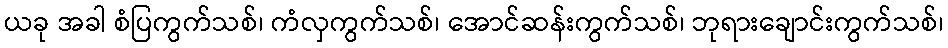
ယခု အခါ စံပြကွက်သစ်၊ ကံလှကွက်သစ်၊ အောင်ဆန်းကွက်သစ်၊ ဘုရားချောင်းကွက်သစ်၊